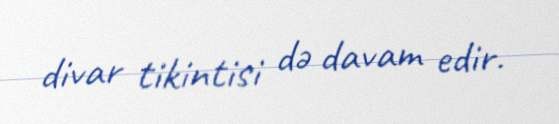
divar tikintisi də davam edir.